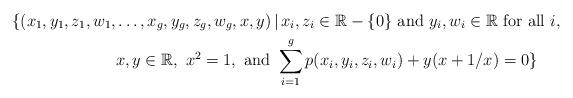
LaTeX: \begin{align*}\{ (x_1,y_1,z_1,w_1,&\hdots,x_g,y_g,z_g,w_g,x,y)\,|\,x_i,z_i\in\mathbb{R}-\{0\}\ \mbox{and}\ y_i,w_i\in\mathbb{R}\ \mbox{for all}\ i,\ \\&x,y\in\mathbb{R},\ x^2 =1,\ \mbox{and}\ \sum_{i=1}^g p(x_i,y_i,z_i,w_i) + y(x+1/x) = 0 \} \end{align*}